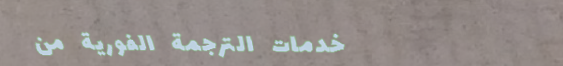
خدمات الترجمة الفورية من